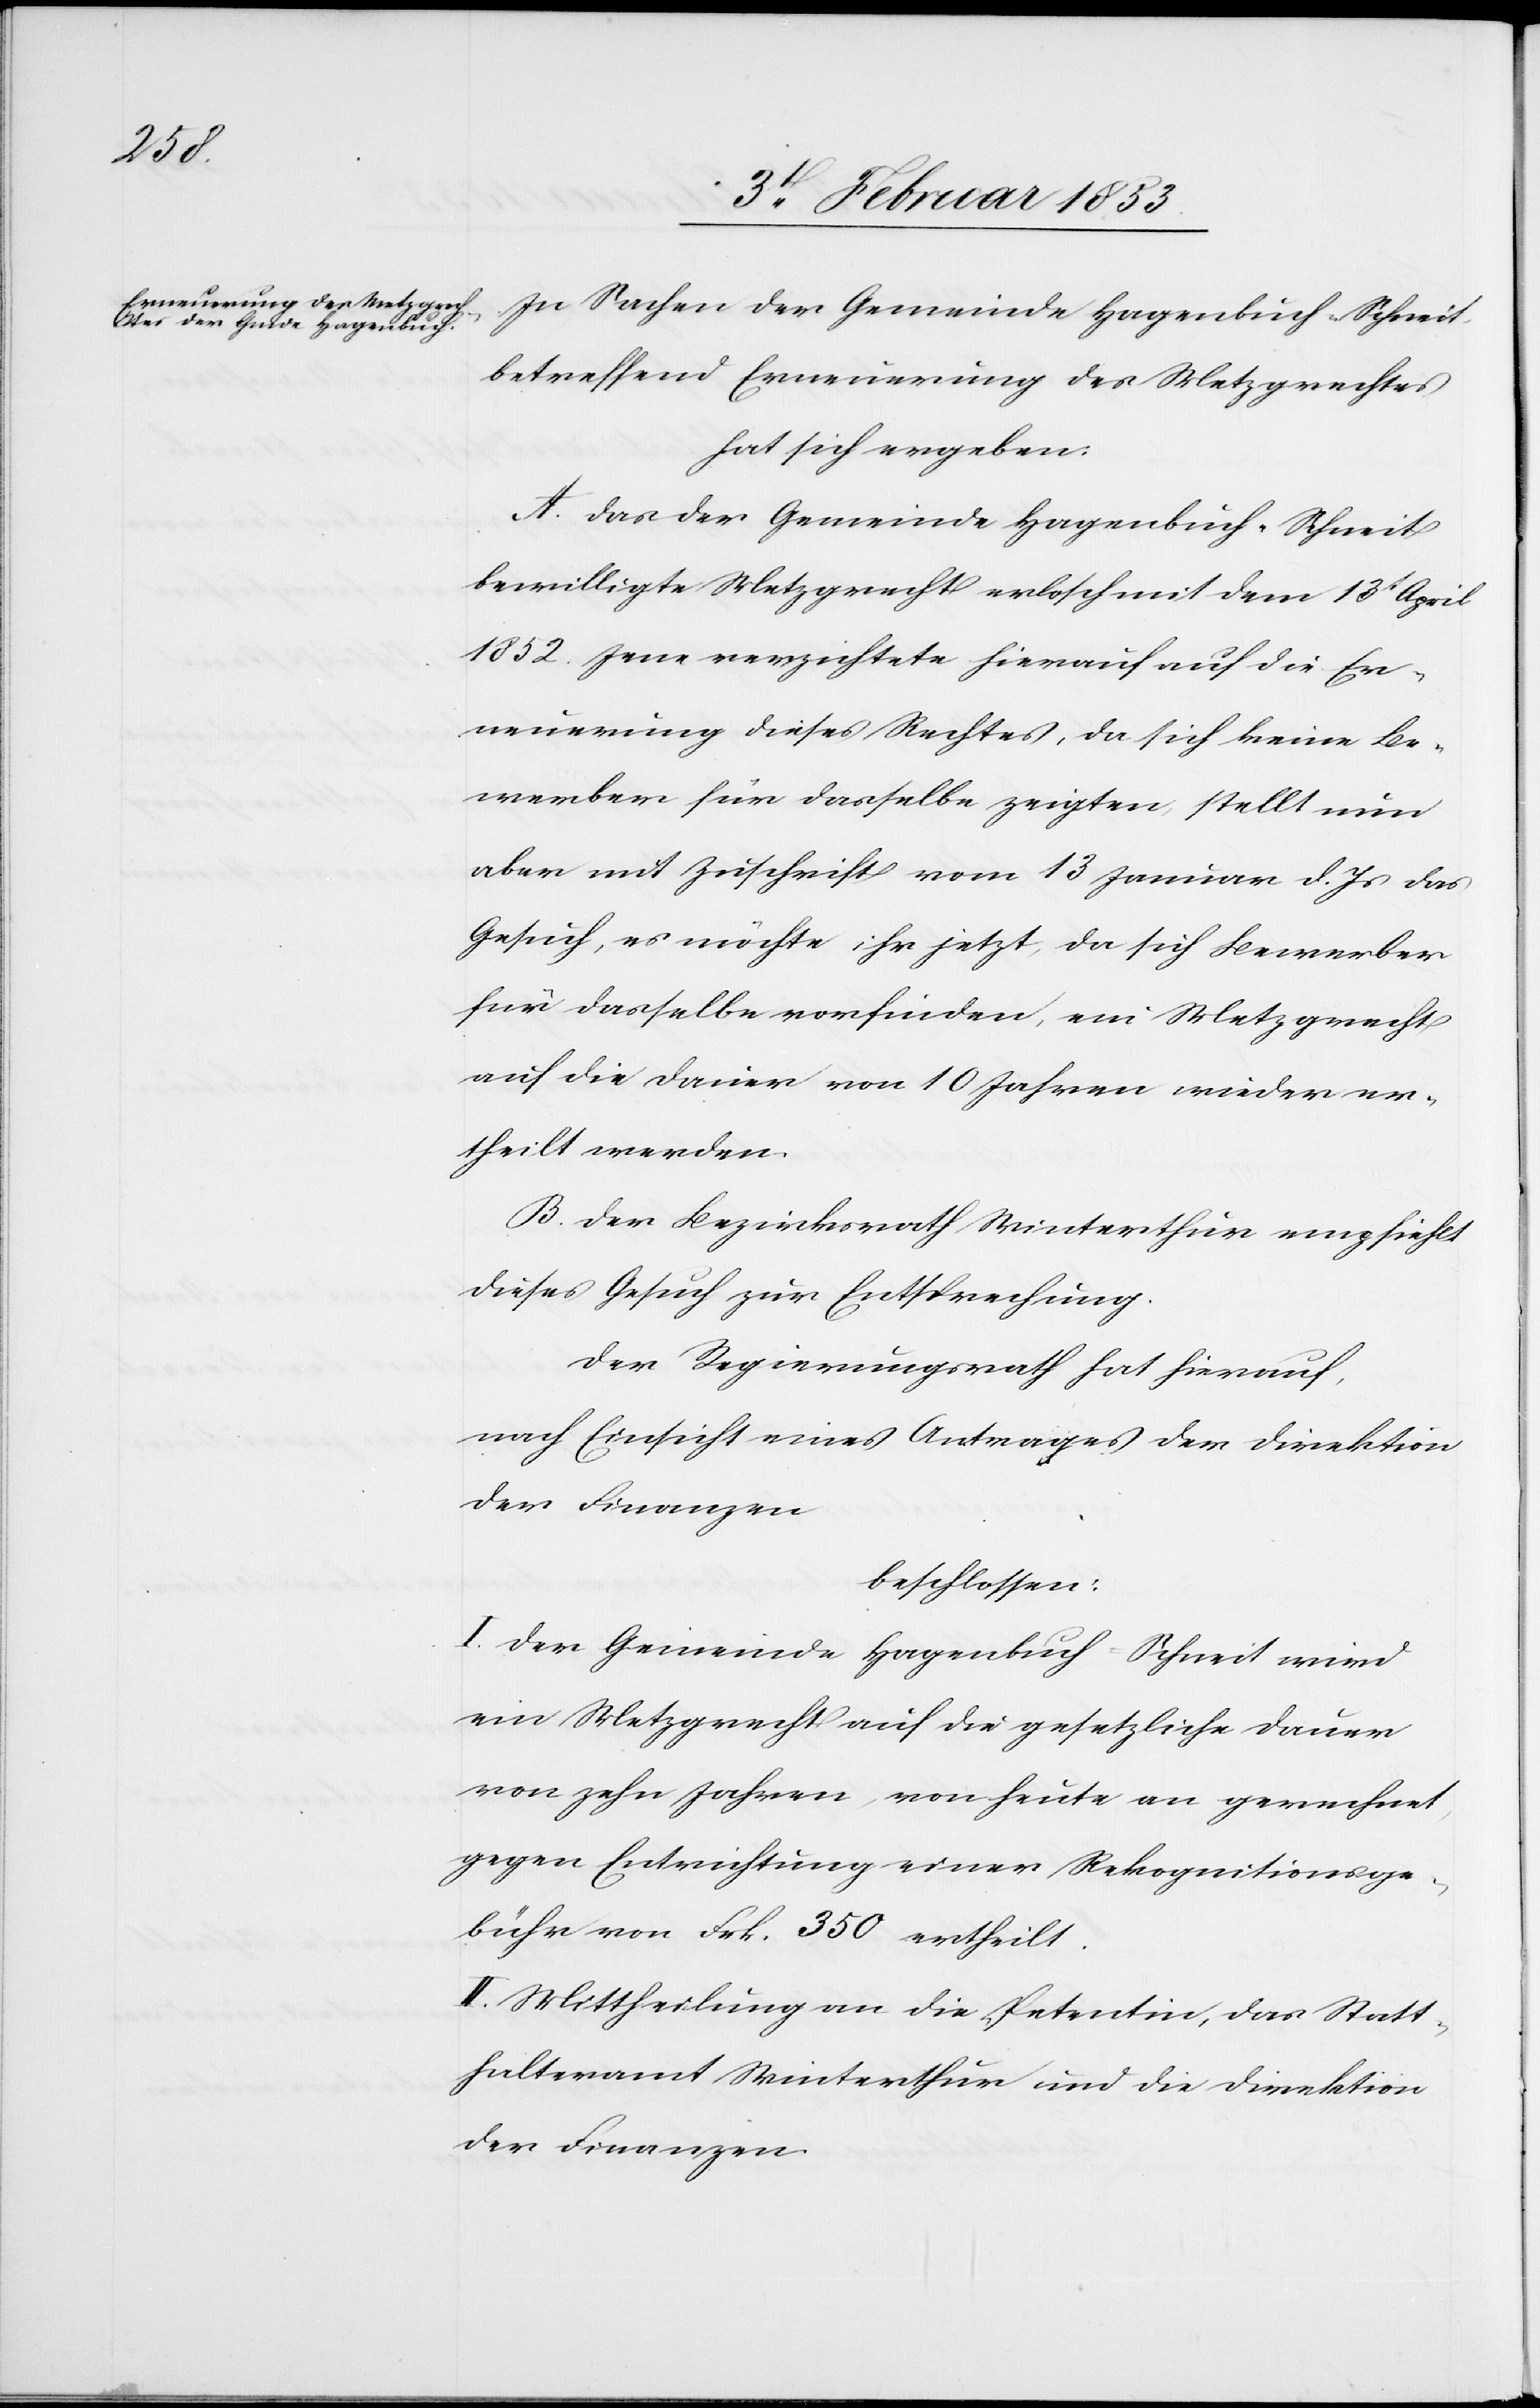
In Sachen der Gemeinde Hagenbuch-Schneit
betreffend Erneuerung des Metzgrechtes
hat sich ergeben:
A. Das der Gemeinde Hagenbuch-Schneit
bewilligte Metzgrecht erlosch mit dem 13t. April
1852. Jene verzichtete hierauf auf die Er¬
neuerung dieses Rechtes, da sich keine Be¬
werber für dasselbe zeigten, stellt nun
aber mit Zuschrift vom 13 Januar d. Js. das
Gesuch, es möchte ihr jetzt, da sich Bewerber
für dasselbe vorfinden, ein Metzgrecht
auf die Dauer von 10 Jahren wieder er¬
theilt werden.
B. Der Bezirksrath Winterthur empfiehlt
dieses Gesuch zur Entsprechung.
Der Regierungsrath hat hierauf,
nach Einsicht eines Antrages der Direktion
der Finanzen
beschlossen:
I. Der Gemeinde Hagenbuch-Schneit wird
ein Metzgrecht auf die gesetzliche Dauer
von zehn Jahren, von heute an gerechnet,
gegen Entrichtung einer Rekognitionsge¬
bühr von Frk. 350. ertheilt.
II. Mittheilung an die Petentin, das Statt¬
halteramt Winterthur und die Direktion
der Finanzen.